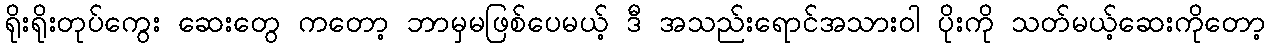
ရိုးရိုးတုပ်ကွေး ဆေးတွေ ကတော့ ဘာမှမဖြစ်ပေမယ့် ဒီ အသည်းရောင်အသားဝါ ပိုးကို သတ်မယ့်ဆေးကိုတော့